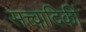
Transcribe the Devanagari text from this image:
सत्त्वादिकीं